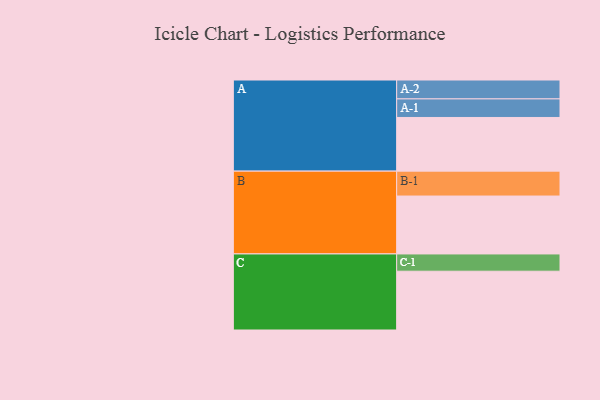
{"axis": {"x": "Segment", "y": "Value"}, "legend": ["", "A", "B", "C"], "data": [{"x": "A", "y": 491, "type": ""}, {"x": "B", "y": 530, "type": ""}, {"x": "C", "y": 538, "type": ""}, {"x": "A-1", "y": 170, "type": "A"}, {"x": "A-2", "y": 173, "type": "A"}, {"x": "B-1", "y": 228, "type": "B"}, {"x": "C-1", "y": 158, "type": "C"}]}